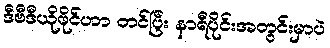
ဒီဗီဒီယိုဖိုင်ဟာ တင်ပြီး နာရီပိုင်းအတွင်းမှာပဲ